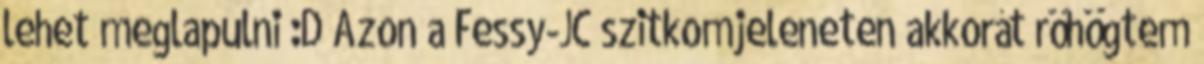
lehet meglapulni :D Azon a Fessy-JC szitkomjeleneten akkorát röhögtem